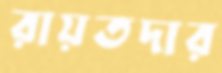
রায়তদার